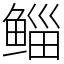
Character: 鲻